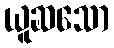
ယူဆသော